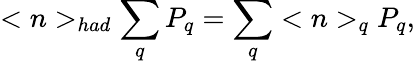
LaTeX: <n>_{had}\sum_{q}P_{q}=\sum_{q}<n>_{q}P_{q},